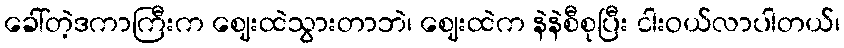
ခေါ်တဲ့ဒကာကြီးက ဈေးထဲသွားတာဘဲ၊ ဈေးထဲက နဲနဲစီစုပြီး ငါးဝယ်လာပါတယ်၊